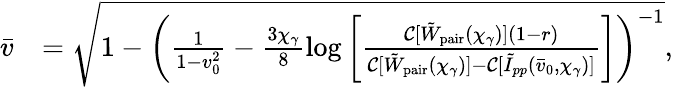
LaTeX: \begin{array}{rl}{\bar{v}}&{=\sqrt{1-\biggl(\frac{1}{1-v_{0}^{2}}-\frac{3\chi_{\gamma}}{8}\log{\biggl[\frac{\mathcal{C}[\tilde{W}_{\mathrm{pair}}(\chi_{\gamma})](1-r)}{\mathcal{C}[\tilde{W}_{\mathrm{pair}}(\chi_{\gamma})]-\mathcal{C}[\tilde{I}_{pp}(\bar{v}_{0},\chi_{\gamma})]}\biggr]}\biggr)^{-1}},}\end{array}